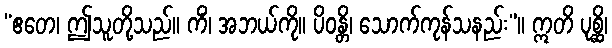
“ဧတေ၊ ဤသူတို့သည်။ ကိံ၊ အဘယ်ကို။ ပိဝန္တိ၊ သောက်ကုန်သနည်း”။ ဣတိ ပုစ္ဆိ၊